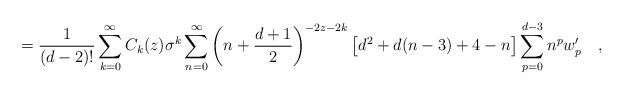
LaTeX: \begin{align*}={1 \over (d-2)!}\sum_{k=0}^{\infty}C_k(z)\sigma^k\sum_{n=0}^{\infty}\left(n +{d+1 \over 2}\right)^{-2z-2k}\left[d^2+d(n-3)+4-n\right]\sum_{p=0}^{d-3}n^pw'_p~~~,\end{align*}